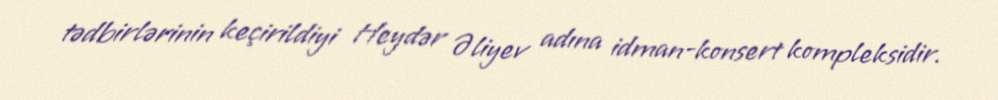
tədbirlərinin keçirildiyi Heydər Əliyev adına idman-konsert kompleksidir.